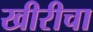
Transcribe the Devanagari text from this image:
खीरीचा